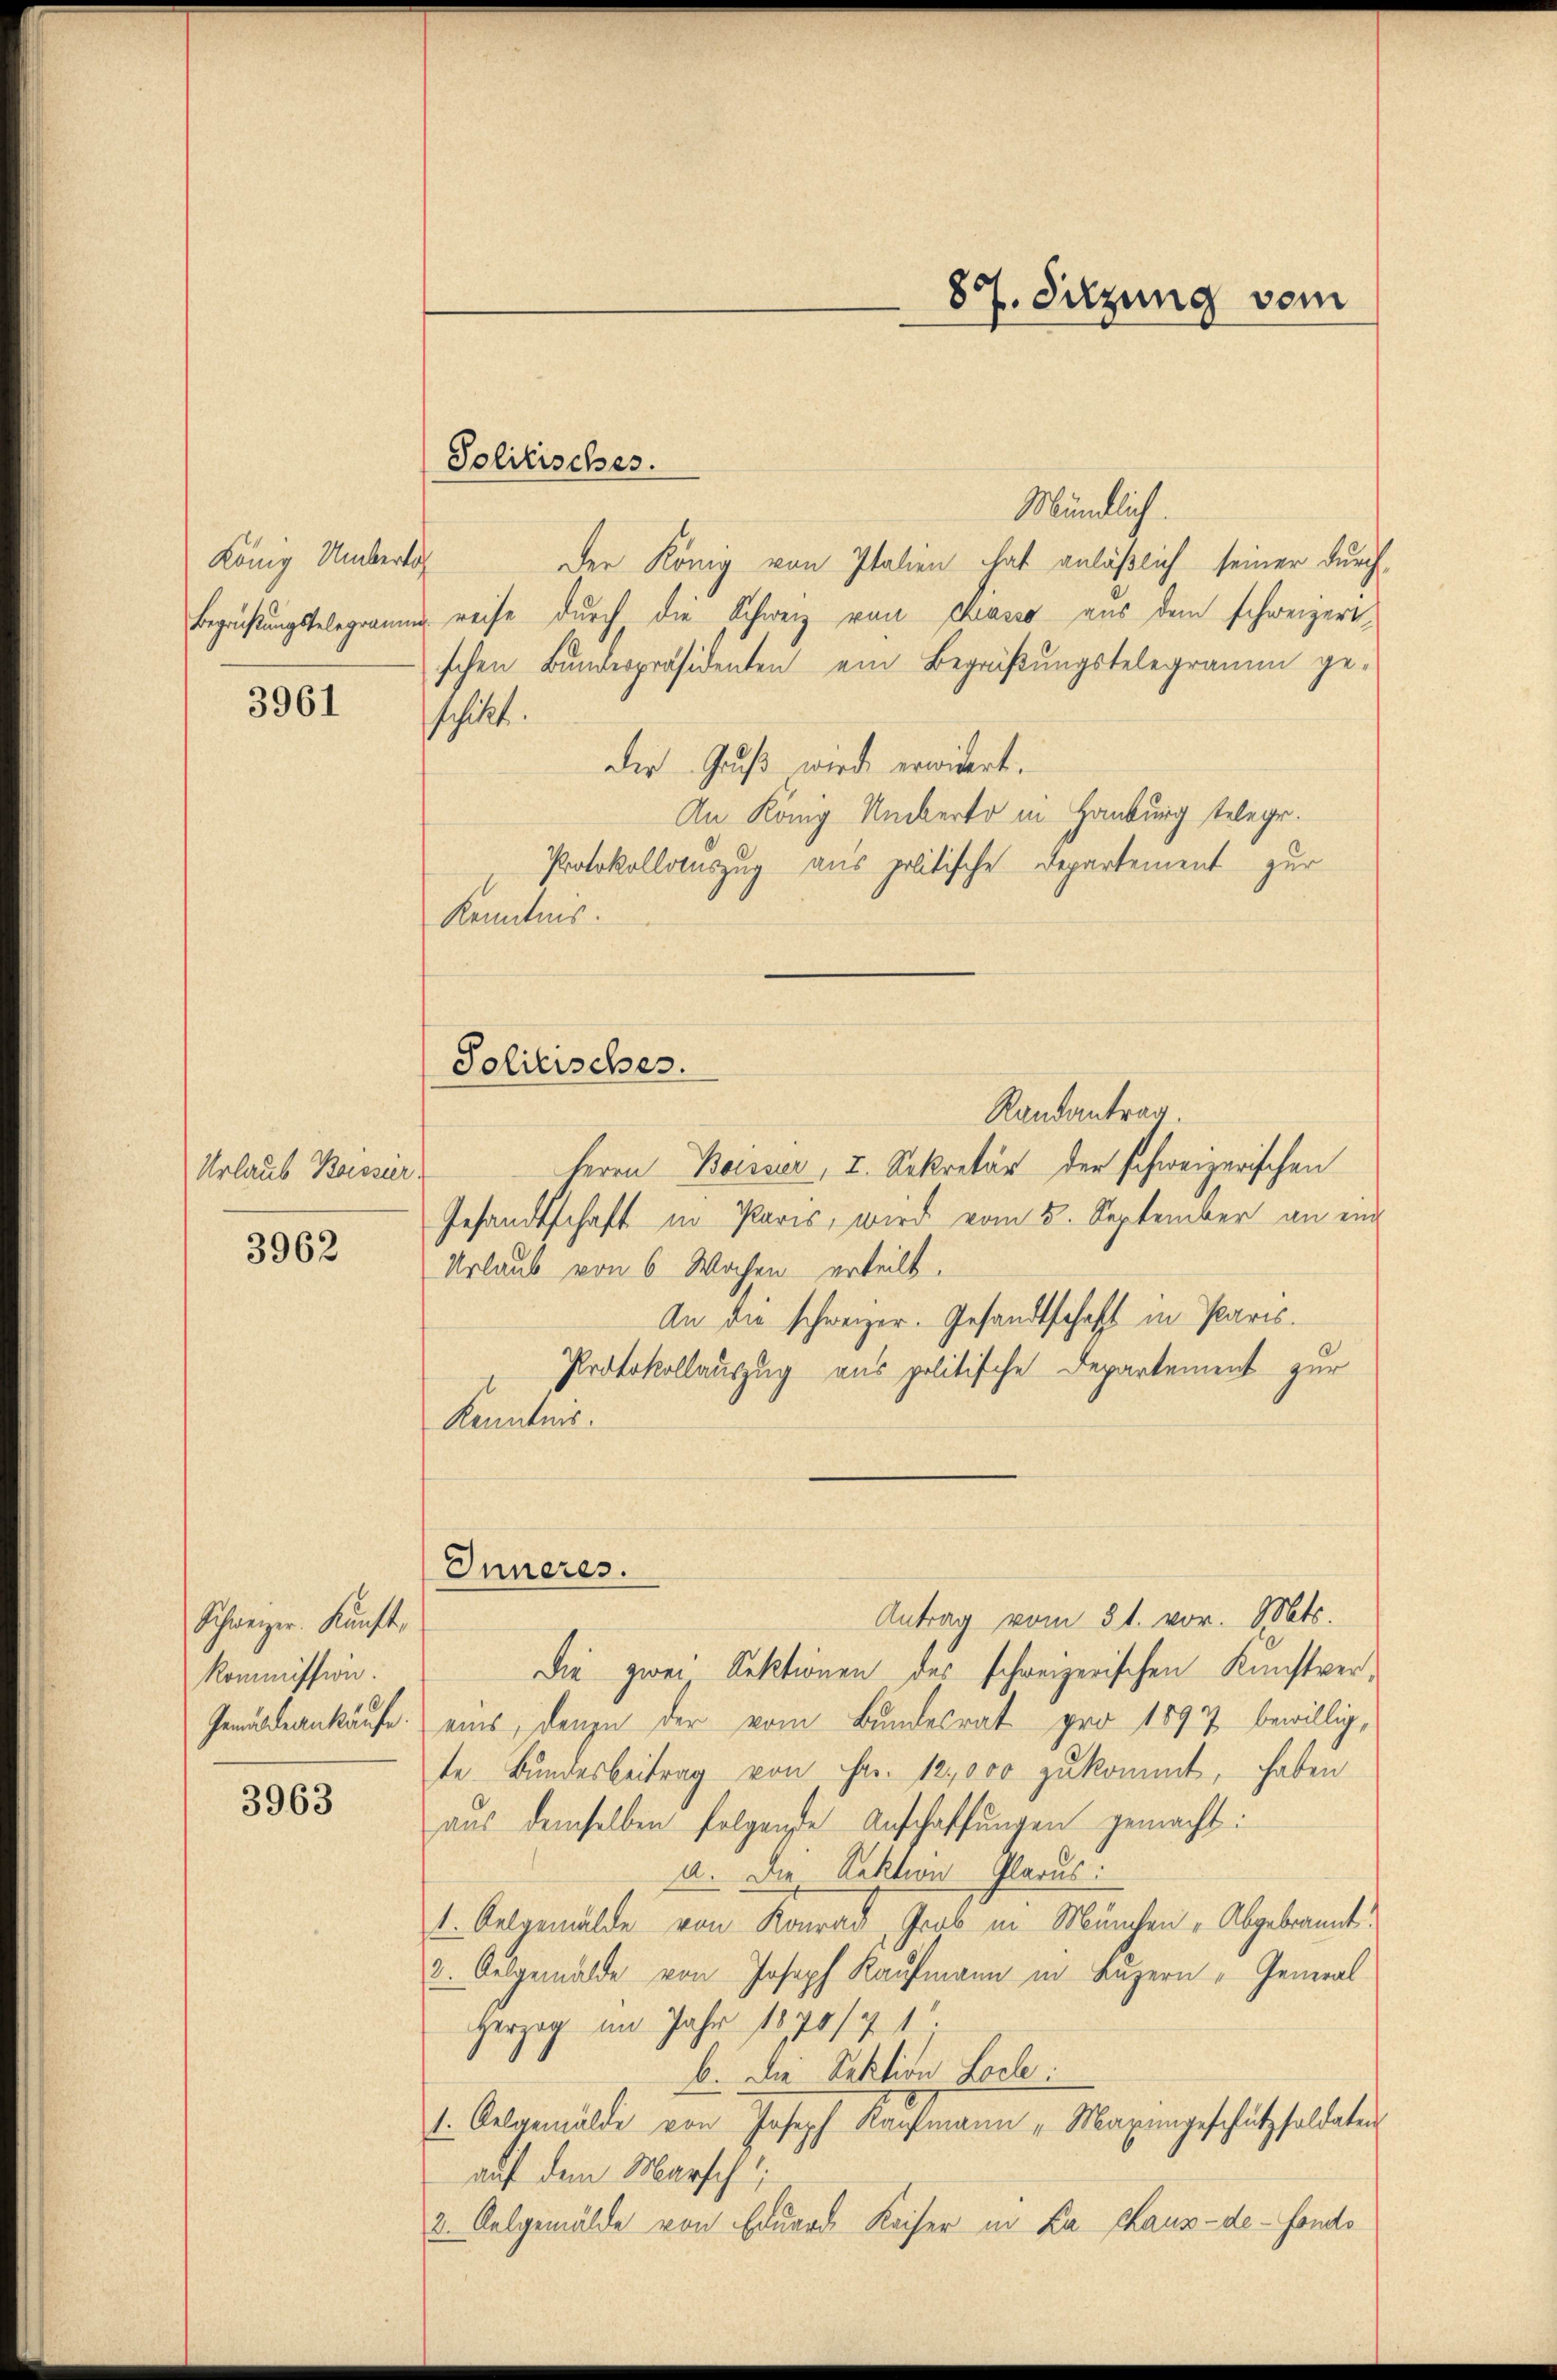
König Umbertag

3961

Urlaub Bossier

3962

Schweizer. Künft,
Kommission.

3963

Mündlich.
Der König von Italien hat anläßlich seiner durch¬
Beprüfungsbelegrauung reise durch die Schweiz von Diaco aus dem schweizert
schen Bundespräsidenten ein Begrüßungstelegramm ge-
schickt.
der Gruß wird erwidert.
An König Unkerto in Hamburg telege.
Protokollauszug aus politische Departement zur
Kenntnis.
Randantrag
Herrn Boisser, I. Sekretär der schweizerischen
Gesandtschaft in Paris, wird vom 5. September an ein
Urlaub von 6 Wochen erteilt.
An die schweizer. Gesandtschaft in Paris.
Protokollauszug aus politische Departement zur
Kenntnis.
Inneres.
Antrag vom 31. vor. Mts.
Die zwei Rektionen des schweizerischen Kunstver¬
Gemüseankäufe eins, denen der vom Bundesrat pro 1897 bewillig,
te Bundesbeitrag von Fr. 12,000 zukommt, haben
aus demselben folgende Anschaffungen gemacht!
a. Die Lektion Glarus:
1. Oelgemälde von Konrad, Grob in München „Abgebrannt.
2. Oelgemälde von Joseph Kaufmann in Luzern " General
Herzog im Jahr 1870/71.
b. Die Sektion Loche:
1. Oelgemälde von Joseph Kaufmann „Maximgeschützsoldaten
auf dem Marsch
2. Ausgemälde von Eduard Kaiser in Kathaus-de-Fonds

Solitisches.

Politisches.

87. Sitzung vom